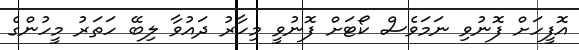
އޮފީހަށް ފޮނުވި ނަމަވެސް ކޯޓަށް ފޮނުވީ މިހާރު ދައުވާ ލިބޭ ހަތަރު މީހުންގެ